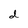
Character: d